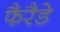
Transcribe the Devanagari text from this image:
फैरैडे